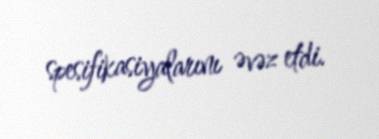
spesifikasiyalarını əvəz etdi.